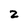
Character: 2